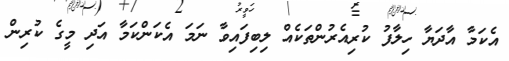
އެކަމާ އާދަޔާ ހިލާފު ކުރިއެރުންތަކެއް ލިބިފައިވާ ނަމަ އެކަންކަމާ އަދި މީގެ ކުރިން